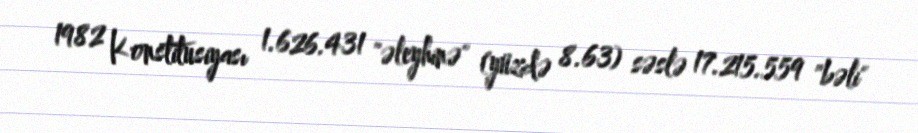
1982 Konstitusiyası 1.626.431 "əleyhinə" (yüzdə 8.63) səslə 17.215.559 "bəli"